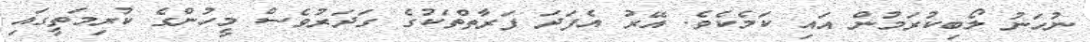
ނުހަނު ލޯބިކުރަމުން އައި ކަމެކެވެ. އޭރު އެފަދަ ފަރާތްތަކުގެ ގަދަރުވެސް މީހުންގެ ކުރިމަތީގައި